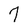
Character: 7